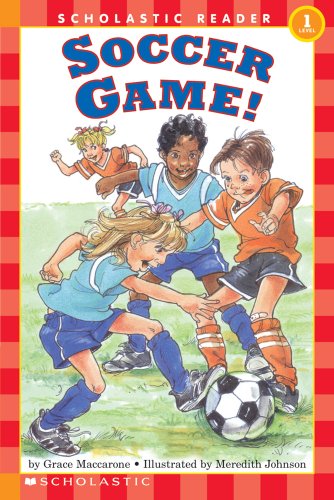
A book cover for Scholastic Reader Level 1: Soccer Game!; Grace Maccarone; Children's Books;